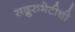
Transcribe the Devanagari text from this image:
सद्गुरुभेटीची